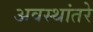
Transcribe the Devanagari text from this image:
अवस्थांतरे